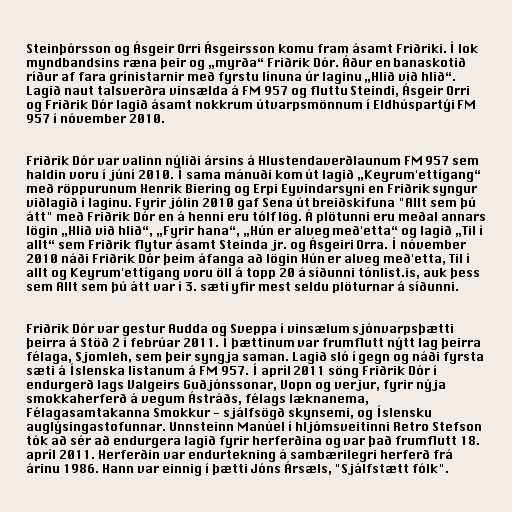
Steinþórsson og Ásgeir Orri Ásgeirsson komu fram ásamt Friðriki. Í lok
myndbandsins ræna þeir og „myrða“ Friðrik Dór. Áður en banaskotið
ríður af fara grínistarnir með fyrstu línuna úr laginu „Hlið við hlið“.
Lagið naut talsverðra vinsælda á FM 957 og fluttu Steindi, Ásgeir Orri
og Friðrik Dór lagið ásamt nokkrum útvarpsmönnum í Eldhúspartýi FM
957 í nóvember 2010.

Friðrik Dór var valinn nýliði ársins á Hlustendaverðlaunum FM 957 sem
haldin voru í júní 2010. Í sama mánuði kom út lagið „Keyrum'ettígang“
með röppurunum Henrik Biering og Erpi Eyvindarsyni en Friðrik syngur
viðlagið í laginu. Fyrir jólin 2010 gaf Sena út breiðskífuna "Allt sem þú
átt" með Friðrik Dór en á henni eru tólf lög. Á plötunni eru meðal annars
lögin „Hlið við hlið“, „Fyrir hana“, „Hún er alveg með'etta“ og lagið „Til í
allt“ sem Friðrik flytur ásamt Steinda jr. og Ásgeiri Orra. Í nóvember
2010 náði Friðrik Dór þeim áfanga að lögin Hún er alveg með'etta, Til í
allt og Keyrum'ettígang voru öll á topp 20 á síðunni tónlist.is, auk þess
sem Allt sem þú átt var í 3. sæti yfir mest seldu plöturnar á síðunni.

Friðrik Dór var gestur Audda og Sveppa í vinsælum sjónvarpsþætti
þeirra á Stöð 2 í febrúar 2011. Í þættinum var frumflutt nýtt lag þeirra
félaga, Sjomleh, sem þeir syngja saman. Lagið sló í gegn og náði fyrsta
sæti á Íslenska listanum á FM 957. Í apríl 2011 söng Friðrik Dór í
endurgerð lags Valgeirs Guðjónssonar, Vopn og verjur, fyrir nýja
smokkaherferð á vegum Ástráðs, félags læknanema,
Félagasamtakanna Smokkur - sjálfsögð skynsemi, og Íslensku
auglýsingastofunnar. Unnsteinn Manúel í hljómsveitinni Retro Stefson
tók að sér að endurgera lagið fyrir herferðina og var það frumflutt 18.
apríl 2011. Herferðin var endurtekning á sambærilegri herferð frá
árinu 1986. Hann var einnig í þætti Jóns Ársæls, "Sjálfstætt fólk".